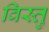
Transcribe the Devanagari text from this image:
विस्तु